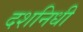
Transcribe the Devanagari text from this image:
दशनिधी